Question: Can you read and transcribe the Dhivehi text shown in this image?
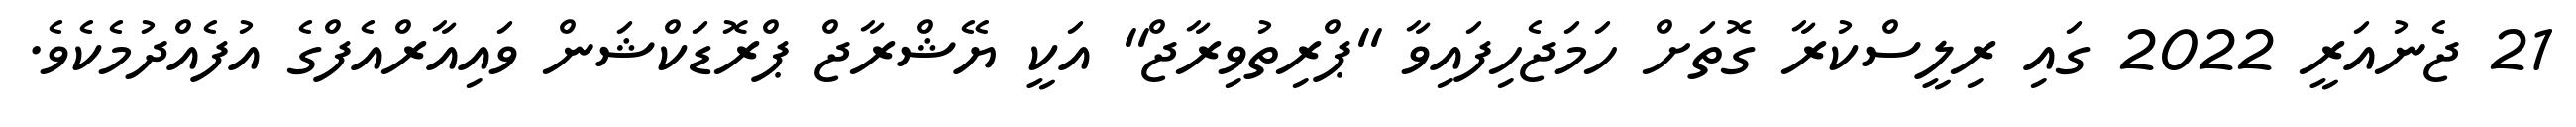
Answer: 21 ޖެނުއަރީ 2022 ގައި ރިލީސްކުރާ ގޮތަށް ހަމަޖެހިފައިވާ ''ޕްރިތުވިރާޖް'' އަކީ ޔޭޝްރާޖް ޕްރޮޑަކްޝަން ވައިއާރްއެފްގެ އުފެއްދުމެކެވެ.